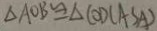
\Delta A O B \cong \Delta C O D ( A S A )